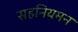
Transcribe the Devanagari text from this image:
सहनियमन